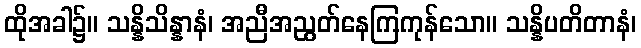
ထိုအခါ၌။ သန္နိသိန္နာနံ၊ အညီအညွတ်နေကြကုန်သော။ သန္နိပတိတာနံ၊